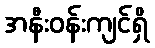
အနီးဝန်းကျင်ရှိ